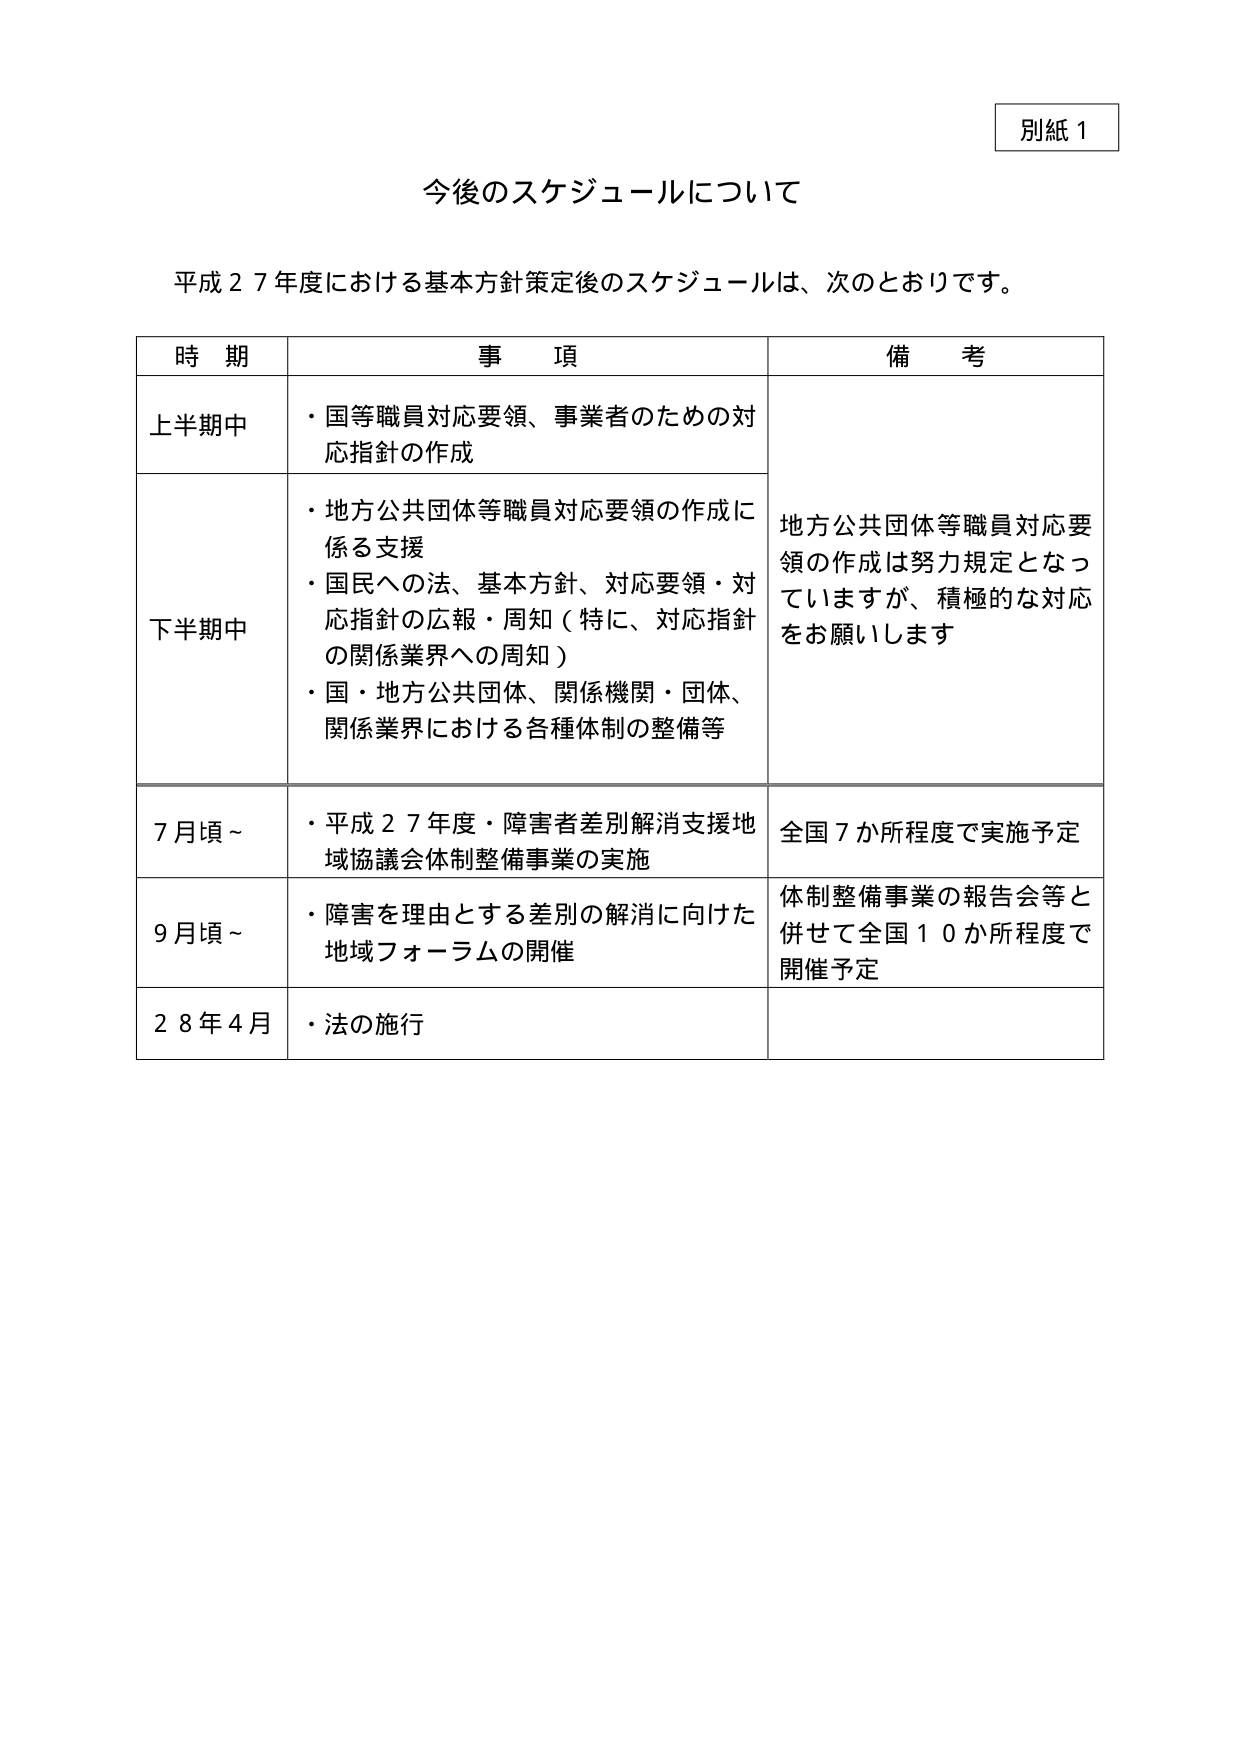
別紙１

今後のスケジュールについて

平成２７年度における基本方針策定後のスケジュールは、次のとおりです。

時 期　　　　　　　事 項　　　　　　　　　　　　　　　　　　　　　　　　　　　　　　　　　　　　　　　　　備 考

上半期中　　　・国等職員対応要領、事業者のための対応指針の作成

下半期中　　　・地方公共団体等職員対応要領の作成に係る支援
　　　　　　　・国民への法、基本方針、対応要領・対応指針の広報・周知（特に、対応指針の関係業界への周知）
　　　　　　　・国・地方公共団体、関係機関・団体、関係業界における各種体制の整備等
　　　　　　　　　　　　　　　　　　　　　　　　　　　　　　　　　　　　　　　　　　　　　　　　　　　地方公共団体等職員対応要領の作成は努力規定となっていますが、積極的な対応をお願いします

７月頃～　　　・平成２７年度・障害者差別解消支援地域協議会体制整備事業の実施　　　　　　　　　　　　　全国７か所程度で実施予定

９月頃～　　　・障害を理由とする差別の解消に向けた地域フォーラムの開催　　　　　　　　　　　　　　　体制整備事業の報告会等と併せて全国１０か所程度で開催予定

２８年４月　　・法の施行